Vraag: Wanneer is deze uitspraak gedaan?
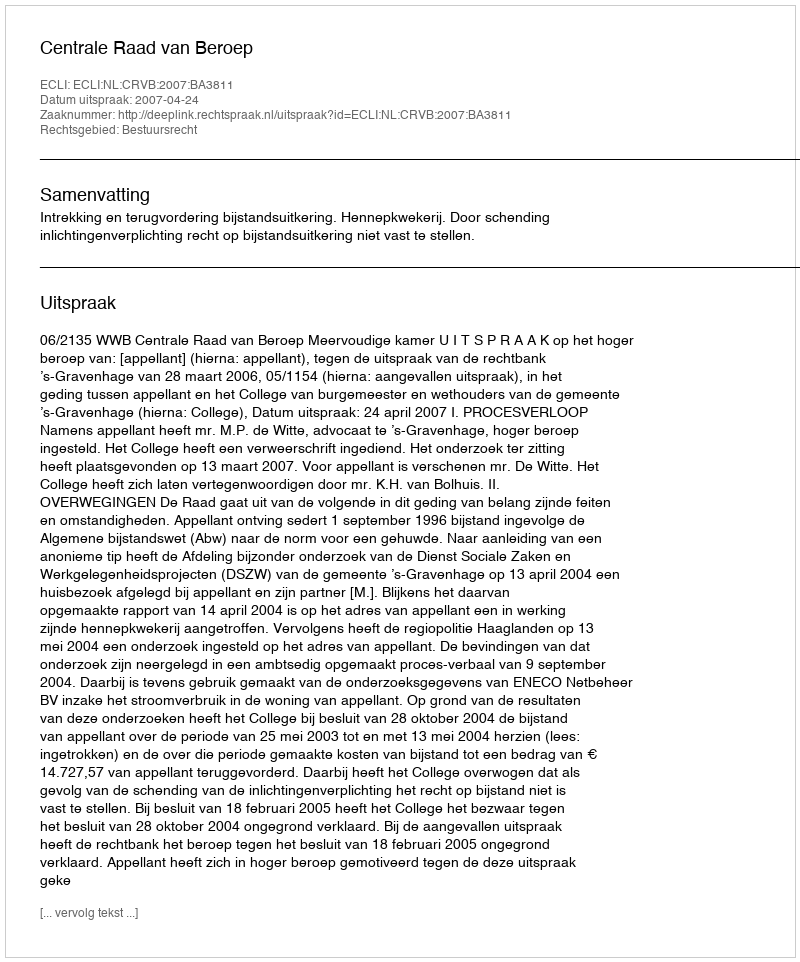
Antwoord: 2007-04-24